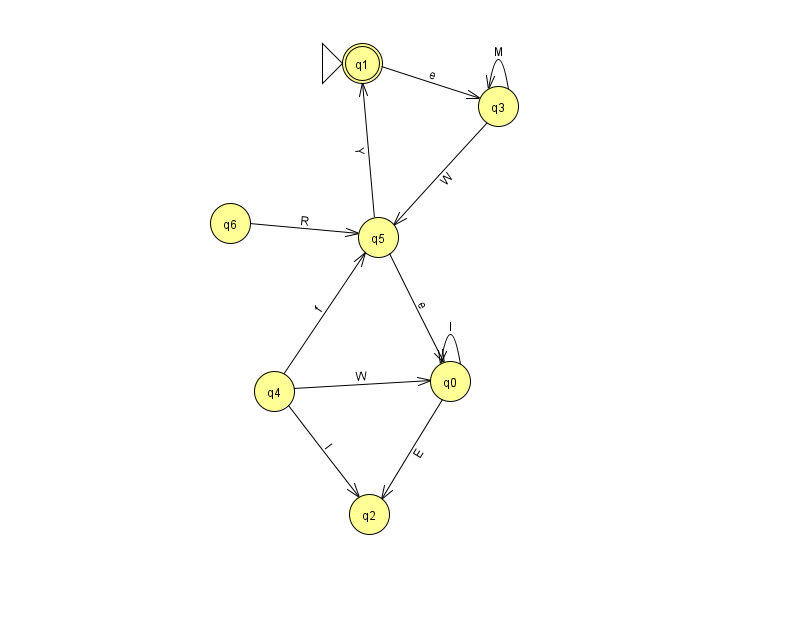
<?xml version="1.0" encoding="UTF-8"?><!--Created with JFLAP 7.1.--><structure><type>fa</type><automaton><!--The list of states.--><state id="0" name="q0"><x>450.0</x><y>368.0</y></state><state id="1" name="q1"><x>362.0</x><y>50.0</y><initial/><final/></state><state id="2" name="q2"><x>369.0</x><y>501.0</y></state><state id="3" name="q3"><x>498.0</x><y>93.0</y></state><state id="4" name="q4"><x>274.0</x><y>378.0</y></state><state id="5" name="q5"><x>378.0</x><y>224.0</y></state><state id="6" name="q6"><x>230.0</x><y>210.0</y></state><!--The list of transitions.--><transition><from>4</from><to>2</to><read>l</read></transition><transition><from>6</from><to>5</to><read>R</read></transition><transition><from>4</from><to>0</to><read>W</read></transition><transition><from>1</from><to>3</to><read>e</read></transition><transition><from>5</from><to>1</to><read>Y</read></transition><transition><from>0</from><to>0</to><read>I</read></transition><transition><from>4</from><to>5</to><read>f</read></transition><transition><from>3</from><to>5</to><read>W</read></transition><transition><from>0</from><to>2</to><read>E</read></transition><transition><from>3</from><to>3</to><read>M</read></transition><transition><from>5</from><to>0</to><read>e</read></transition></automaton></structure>